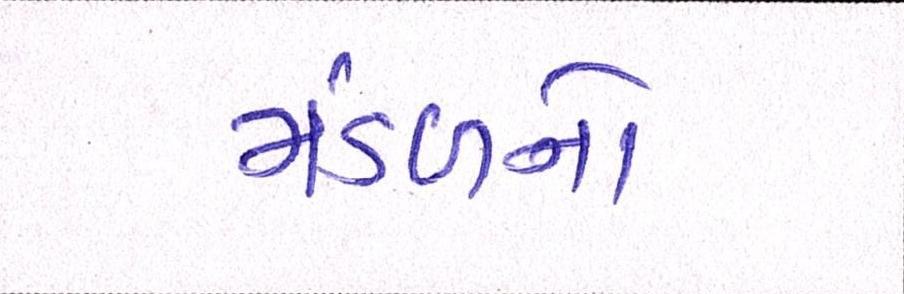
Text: મંડળનો